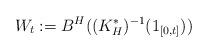
LaTeX: \begin{align*}W_{t}:=B^{H}((K_{H}^{\ast })^{-1}(1_{[0,t]})) \end{align*}